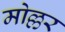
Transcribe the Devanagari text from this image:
मोल्लर